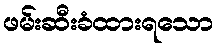
ဖမ်းဆီးခံထားရသော